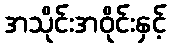
အသိုင်းအဝိုင်းနှင့်